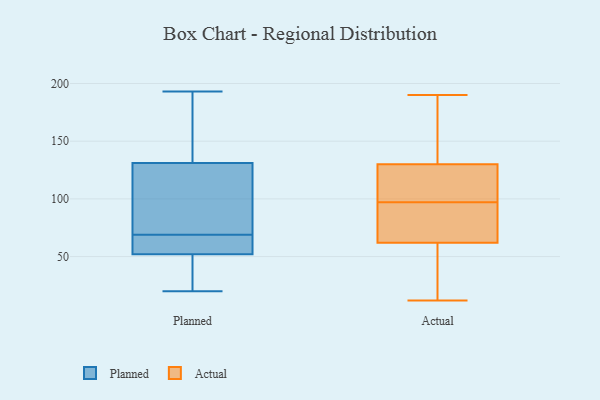
{"axis": {"x": "Net Income (USD K)", "y": "Value"}, "legend": ["Actual", "Planned"], "data": [{"x": "", "y": 52, "type": "Planned"}, {"x": "", "y": 114, "type": "Planned"}, {"x": "", "y": 28, "type": "Planned"}, {"x": "", "y": 193, "type": "Planned"}, {"x": "", "y": 57, "type": "Planned"}, {"x": "", "y": 173, "type": "Planned"}, {"x": "", "y": 20, "type": "Planned"}, {"x": "", "y": 88, "type": "Planned"}, {"x": "", "y": 81, "type": "Planned"}, {"x": "", "y": 53, "type": "Planned"}, {"x": "", "y": 47, "type": "Planned"}, {"x": "", "y": 55, "type": "Planned"}, {"x": "", "y": 180, "type": "Planned"}, {"x": "", "y": 131, "type": "Planned"}, {"x": "", "y": 97, "type": "Actual"}, {"x": "", "y": 119, "type": "Actual"}, {"x": "", "y": 65, "type": "Actual"}, {"x": "", "y": 90, "type": "Actual"}, {"x": "", "y": 74, "type": "Actual"}, {"x": "", "y": 124, "type": "Actual"}, {"x": "", "y": 84, "type": "Actual"}, {"x": "", "y": 46, "type": "Actual"}, {"x": "", "y": 105, "type": "Actual"}, {"x": "", "y": 110, "type": "Actual"}, {"x": "", "y": 150, "type": "Actual"}, {"x": "", "y": 12, "type": "Actual"}, {"x": "", "y": 173, "type": "Actual"}, {"x": "", "y": 190, "type": "Actual"}, {"x": "", "y": 61, "type": "Actual"}, {"x": "", "y": 47, "type": "Actual"}, {"x": "", "y": 174, "type": "Actual"}, {"x": "", "y": 57, "type": "Actual"}, {"x": "", "y": 132, "type": "Actual"}]}